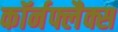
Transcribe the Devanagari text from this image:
कॉर्नफ्लैक्स